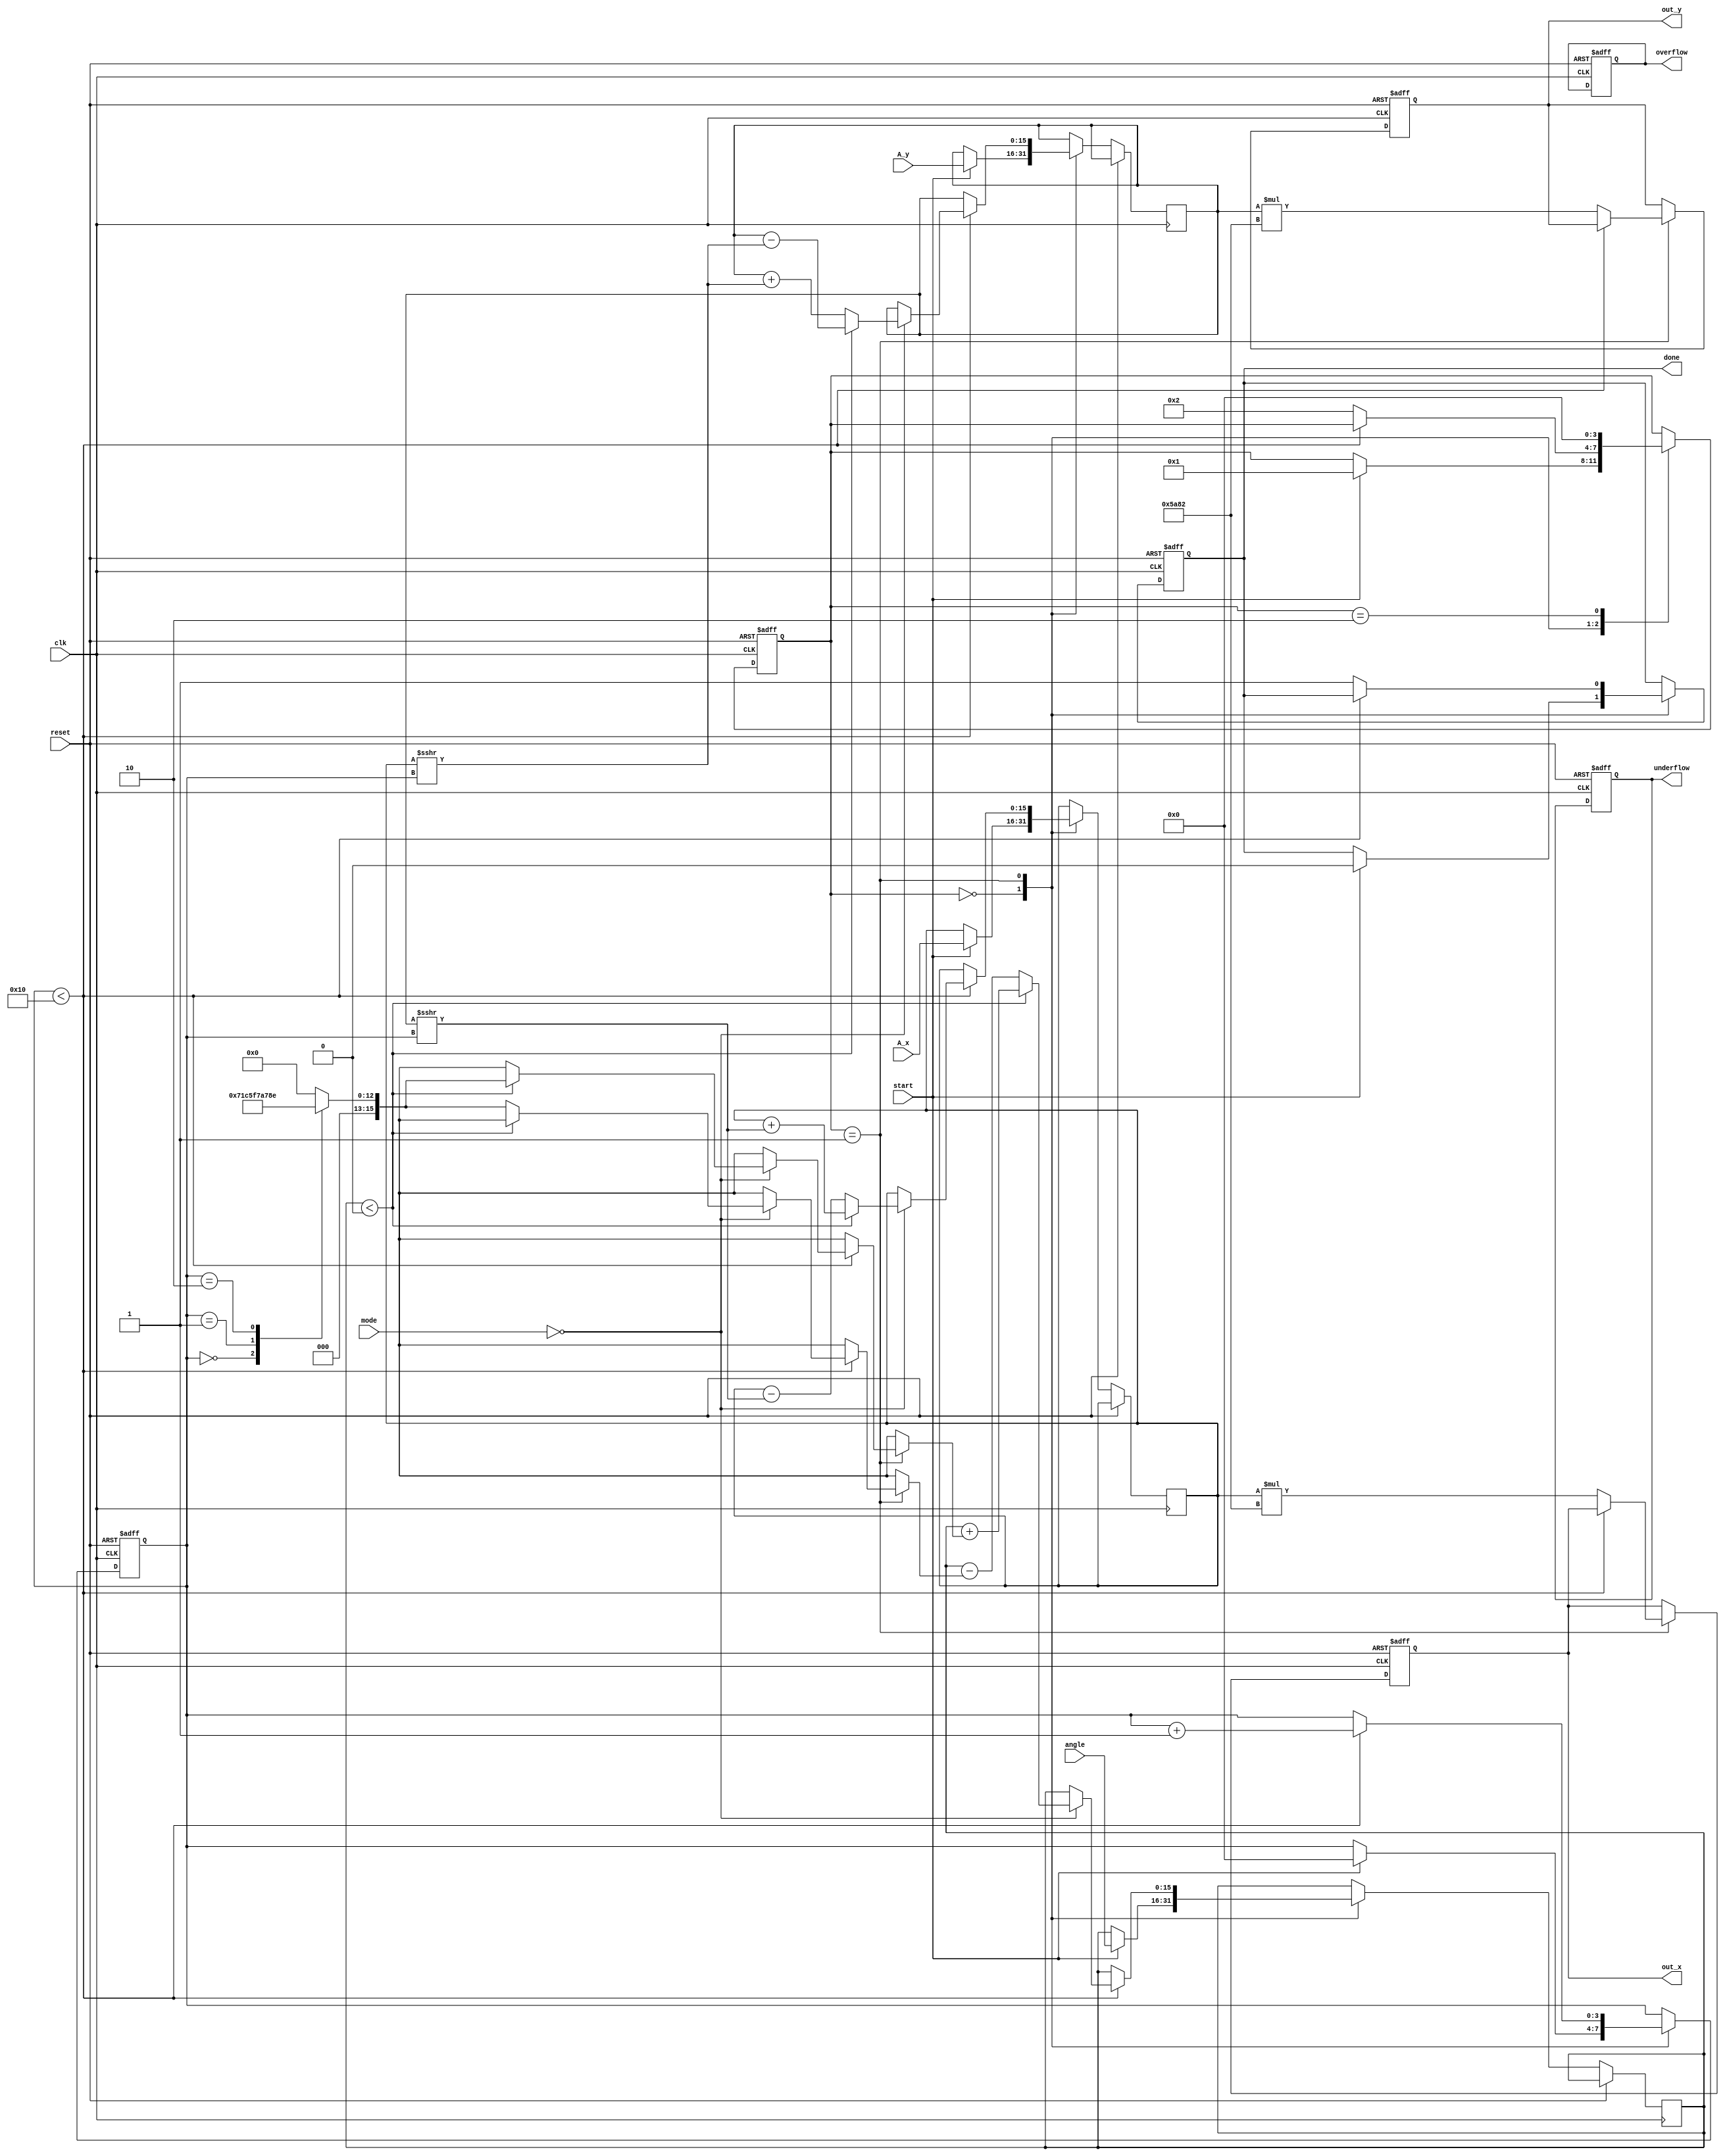
module CORDIC(
    input wire clk,
    input wire reset,
    input wire start,
    input wire signed [15:0] A_x,      // Input vector component X
    input wire signed [15:0] A_y,      // Input vector component Y
    input wire signed [15:0] angle,     // Angle for rotation (in radians or predefined for fixed-point)
    input wire [2:0] mode,             // Operation mode: 3'b000 = rotation, 3'b001 = vectoring
    output reg signed [15:0] out_x,    // Output vector component X
    output reg signed [15:0] out_y,    // Output vector component Y
    output reg done,                   // Operation done signal
    output reg overflow,               // Overflow flag
    output reg underflow               // Underflow flag
);

    // CORDIC parameters and constants
    localparam ITERATIONS = 16;                  // Number of iterations
    reg signed [15:0] x [0:ITERATIONS];           // X-component for each iteration
    reg signed [15:0] y [0:ITERATIONS];           // Y-component for each iteration
    reg signed [15:0] z [0:ITERATIONS];           // Angle for each iteration
    reg [3:0] state;                             // FSM State
    reg [3:0] count;                             // Iteration counter
    reg signed [15:0] x_current, y_current;      // Current X and Y values
    reg signed [15:0] z_current;                  // Current angle value

    // Assign CORDIC gain correction
    wire signed [15:0] gain = 16'h5A82;          // Precomputed gain for normalization

    // State definitions for FSM
    localparam IDLE = 4'b0000;
    localparam COMPUTE = 4'b0001;
    localparam DONE = 4'b0010;

    always @(posedge clk or posedge reset) begin
        if (reset) begin
            state <= IDLE;
            count <= 0;
            done <= 0;
            overflow <= 0;
            underflow <= 0;
            out_x <= 0;
            out_y <= 0;
        end else begin
            case (state)
                IDLE: begin
                    if (start) begin
                        x_current <= A_x;
                        y_current <= A_y;
                        z_current <= angle;
                        count <= 0;
                        done <= 0;
                        state <= COMPUTE;
                    end
                end

                COMPUTE: begin
                    // CORDIC rotation operation based on mode
                    if (count < ITERATIONS) begin
                        if (mode == 3'b000) begin // Rotation mode
                            if (z_current < 0) begin // Direction check
                                x_current <= x_current + (y_current >>> count);
                                y_current <= y_current - (x_current >>> count);
                                z_current <= z_current + (atan_table(count)); // Lookup table for arctan values
                            end else begin
                                x_current <= x_current - (y_current >>> count);
                                y_current <= y_current + (x_current >>> count);
                                z_current <= z_current - (atan_table(count));
                            end
                        end
                        count <= count + 1;
                    end else begin
                        // Post calculation
                        out_x <= x_current * gain; // Normalize output
                        out_y <= y_current * gain;
                        done <= 1;
                        state <= DONE;
                    end
                end

                DONE: begin
                    // Handle completion state
                    state <= IDLE; // Ready for next calculation
                end
            endcase
        end
    end

    // Example lookup function for arctangent values
    function signed [15:0] atan_table(input integer index);
        case (index)
            0: atan_table = 16'h1C71; // atan(2^-0) = 0.7854 (approx)
            1: atan_table = 16'h0FBD; // atan(2^-1) = 0.4636 (approx)
            2: atan_table = 16'h078E; // atan(2^-2) = 0.2449 (approx)
            // Extend for additional index values...
            default: atan_table = 0;
        endcase
    endfunction

endmodule